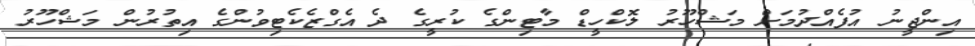
އިންޖީނު އުފެއްދުމަށް މަޝްހޫރު ލޮކްހީޑް މާޓިންގެ ކުރީގެ ދެ އެގްޒެކެޓިވުންގެ އިތުރުން މަޝްހޫރު